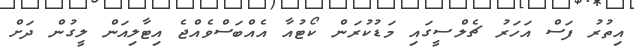
އިތުރު ފަސް އަހަރު ޗެލްސީގައި މަޑުކުރަން ކޯޓުއާ އެއްބަސްވެއްޖެ އިޓާލިއަން ލީގުން ދަށް